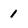
Character: 1